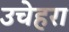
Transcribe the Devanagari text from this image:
उचेहरा